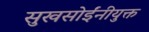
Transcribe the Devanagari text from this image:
सुखसोईंनीयुक्त